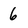
Character: 6